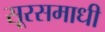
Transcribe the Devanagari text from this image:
सूरसमाधी